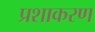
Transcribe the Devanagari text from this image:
प्रशाकरण